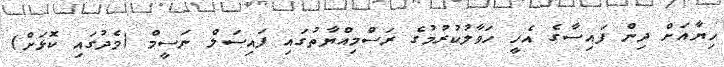
ހިޔާއަށް ދިން ފައިސާގެ އެހީ ހަވާލުކުރުމުގެ ރަސްމިއްޔާތުގައި ފައިސަލް ނަސީމް (މެދުގައި ކޮޅަށް)